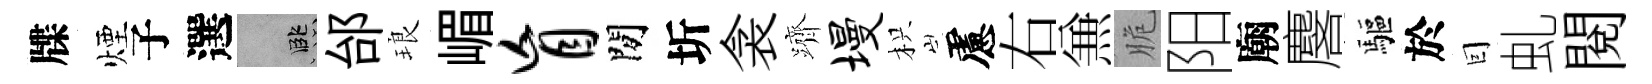
牒煙子選孟邰琅嵋盲閒圻衾躋墁枳慮右𠔥脆阳廟麐驅於囙虬閲